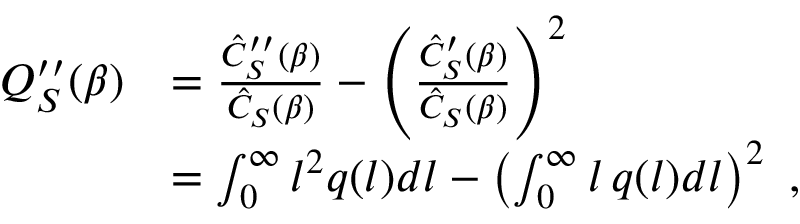
\begin{array} { r l } { Q _ { S } ^ { \prime \prime } ( \beta ) } & { = \frac { \hat { C } _ { S } ^ { \prime \prime } ( \beta ) } { \hat { C } _ { S } ( \beta ) } - \left( \frac { \hat { C } _ { S } ^ { \prime } ( \beta ) } { \hat { C } _ { S } ( \beta ) } \right) ^ { 2 } } \\ & { = \int _ { 0 } ^ { \infty } l ^ { 2 } q ( l ) d l - \left( \int _ { 0 } ^ { \infty } l \, q ( l ) d l \right) ^ { 2 } \ , } \end{array}